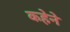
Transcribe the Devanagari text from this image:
कहेने